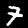
Digit: 7